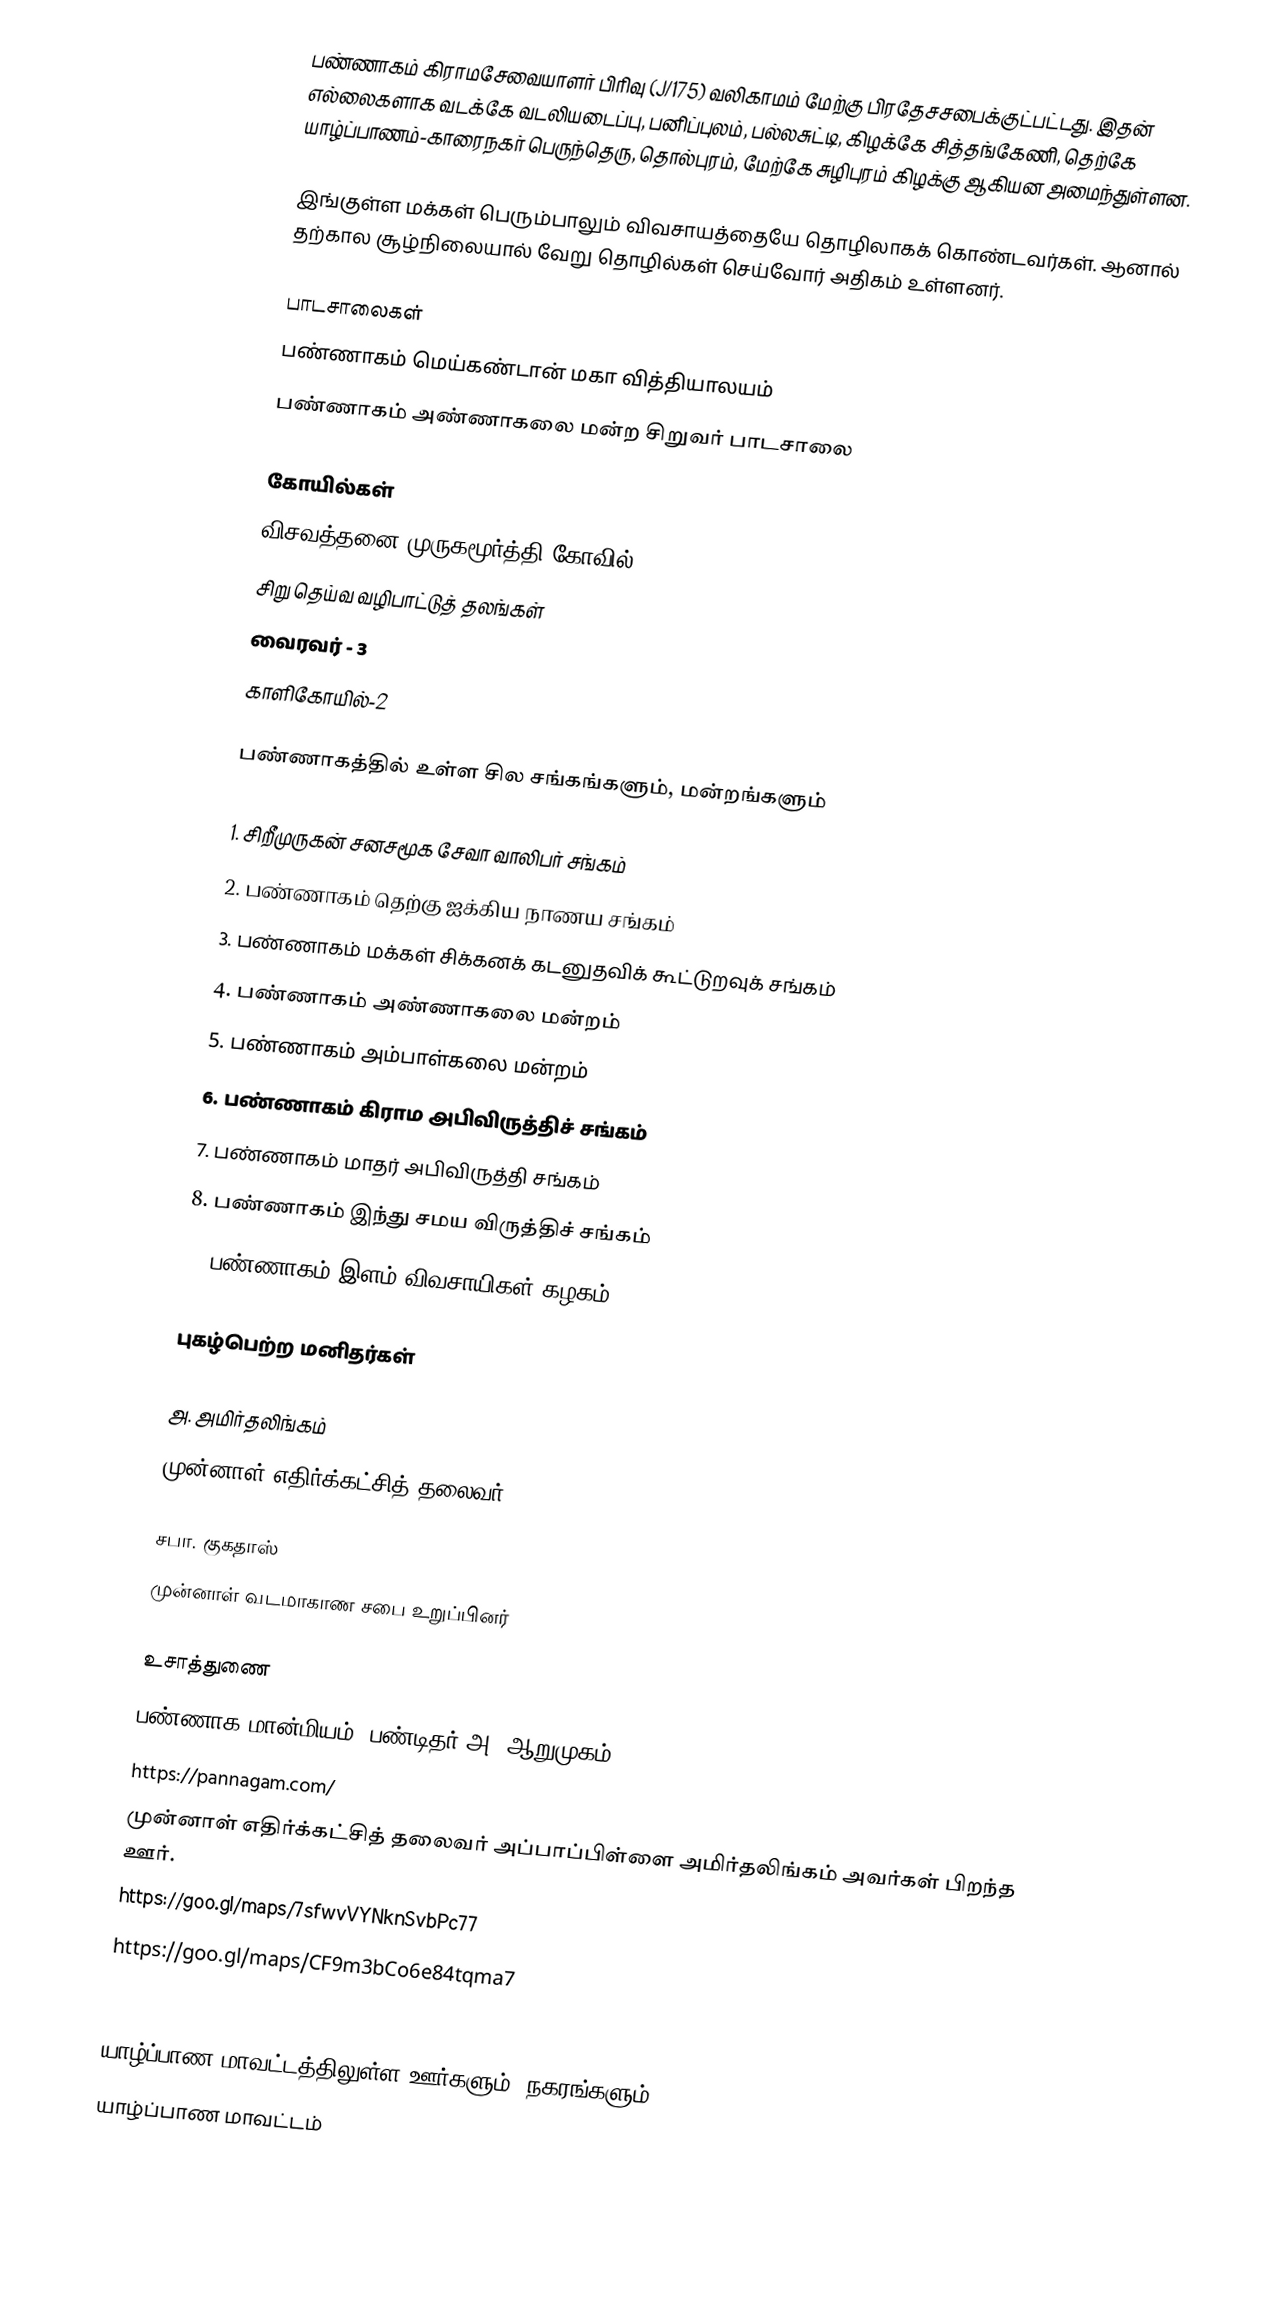
பண்ணாகம் கிராமசேவையாளர் பிரிவு (J/175) வலிகாமம் மேற்கு பிரதேசசபைக்குட்பட்டது. இதன் எல்லைகளாக வடக்கே வடலியடைப்பு, பனிப்புலம், பல்லசுட்டி, கிழக்கே சித்தங்கேணி, தெற்கே யாழ்ப்பாணம்-காரைநகர் பெருந்தெரு, தொல்புரம், மேற்கே சுழிபுரம் கிழக்கு ஆகியன அமைந்துள்ளன.

இங்குள்ள மக்கள் பெரும்பாலும் விவசாயத்தையே தொழிலாகக் கொண்டவர்கள். ஆனால் தற்கால சூழ்நிலையால் வேறு தொழில்கள் செய்வோர் அதிகம் உள்ளனர்.

பாடசாலைகள்
பண்ணாகம் மெய்கண்டான் மகா வித்தியாலயம்
பண்ணாகம் அண்ணாகலை மன்ற சிறுவர் பாடசாலை

கோயில்கள்
விசவத்தனை முருகமூர்த்தி கோவில்.
சிறு தெய்வ வழிபாட்டுத் தலங்கள்
  வைரவர் - 3
 காளிகோயில்-2

பண்ணாகத்தில் உள்ள சில சங்கங்களும், மன்றங்களும்

1. சிறீமுருகன் சனசமூக சேவா வாலிபர் சங்கம்
2. பண்ணாகம் தெற்கு ஐக்கிய நாணய சங்கம்
3. பண்ணாகம் மக்கள் சிக்கனக் கடனுதவிக் கூட்டுறவுக் சங்கம்
4. பண்ணாகம் அண்ணாகலை மன்றம்
5. பண்ணாகம் அம்பாள்கலை மன்றம்
6. பண்ணாகம் கிராம அபிவிருத்திச் சங்கம்
7. பண்ணாகம் மாதர் அபிவிருத்தி சங்கம்
8. பண்ணாகம் இந்து சமய விருத்திச் சங்கம்
9. பண்ணாகம் இளம் விவசாயிகள் கழகம்

புகழ்பெற்ற மனிதர்கள்

அ. அமிர்தலிங்கம்
முன்னாள் எதிர்க்கட்சித் தலைவர்

சபா. குகதாஸ்
முன்னாள் வடமாகாண சபை உறுப்பினர்

உசாத்துணை
பண்ணாக மான்மியம்- பண்டிதர் அ. ஆறுமுகம் [2001]
https://pannagam.com/
முன்னாள் எதிர்க்கட்சித் தலைவர் அப்பாப்பிள்ளை அமிர்தலிங்கம் அவர்கள் பிறந்த ஊர்.
https://goo.gl/maps/7sfwvVYNknSvbPc77
https://goo.gl/maps/CF9m3bCo6e84tqma7
https://en.wikipedia.org/wiki/A._Amirthalingam

யாழ்ப்பாண மாவட்டத்திலுள்ள ஊர்களும், நகரங்களும்
யாழ்ப்பாண மாவட்டம்